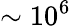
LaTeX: \sim 10^{6}